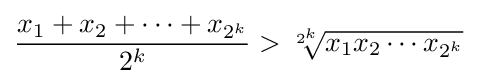
{\frac {x_{1}+x_{2}+\cdots +x_{2^{k}}}{2^{k}}}>{\sqrt[{2^{k}}]{x_{1}x_{2}\cdots x_{2^{k}}}}